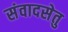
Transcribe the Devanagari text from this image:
संवादसेतु